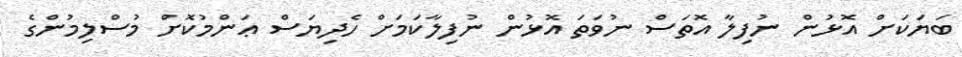
ބަޔަކަށް އޮޅުން ނުފިލާ އޮތަސް ނުވަތަ އޮޅުން ނުފިލާކަމަށް ހެދިޔަސް ޢަންމުކޮށް މުސްލިމުންގެ